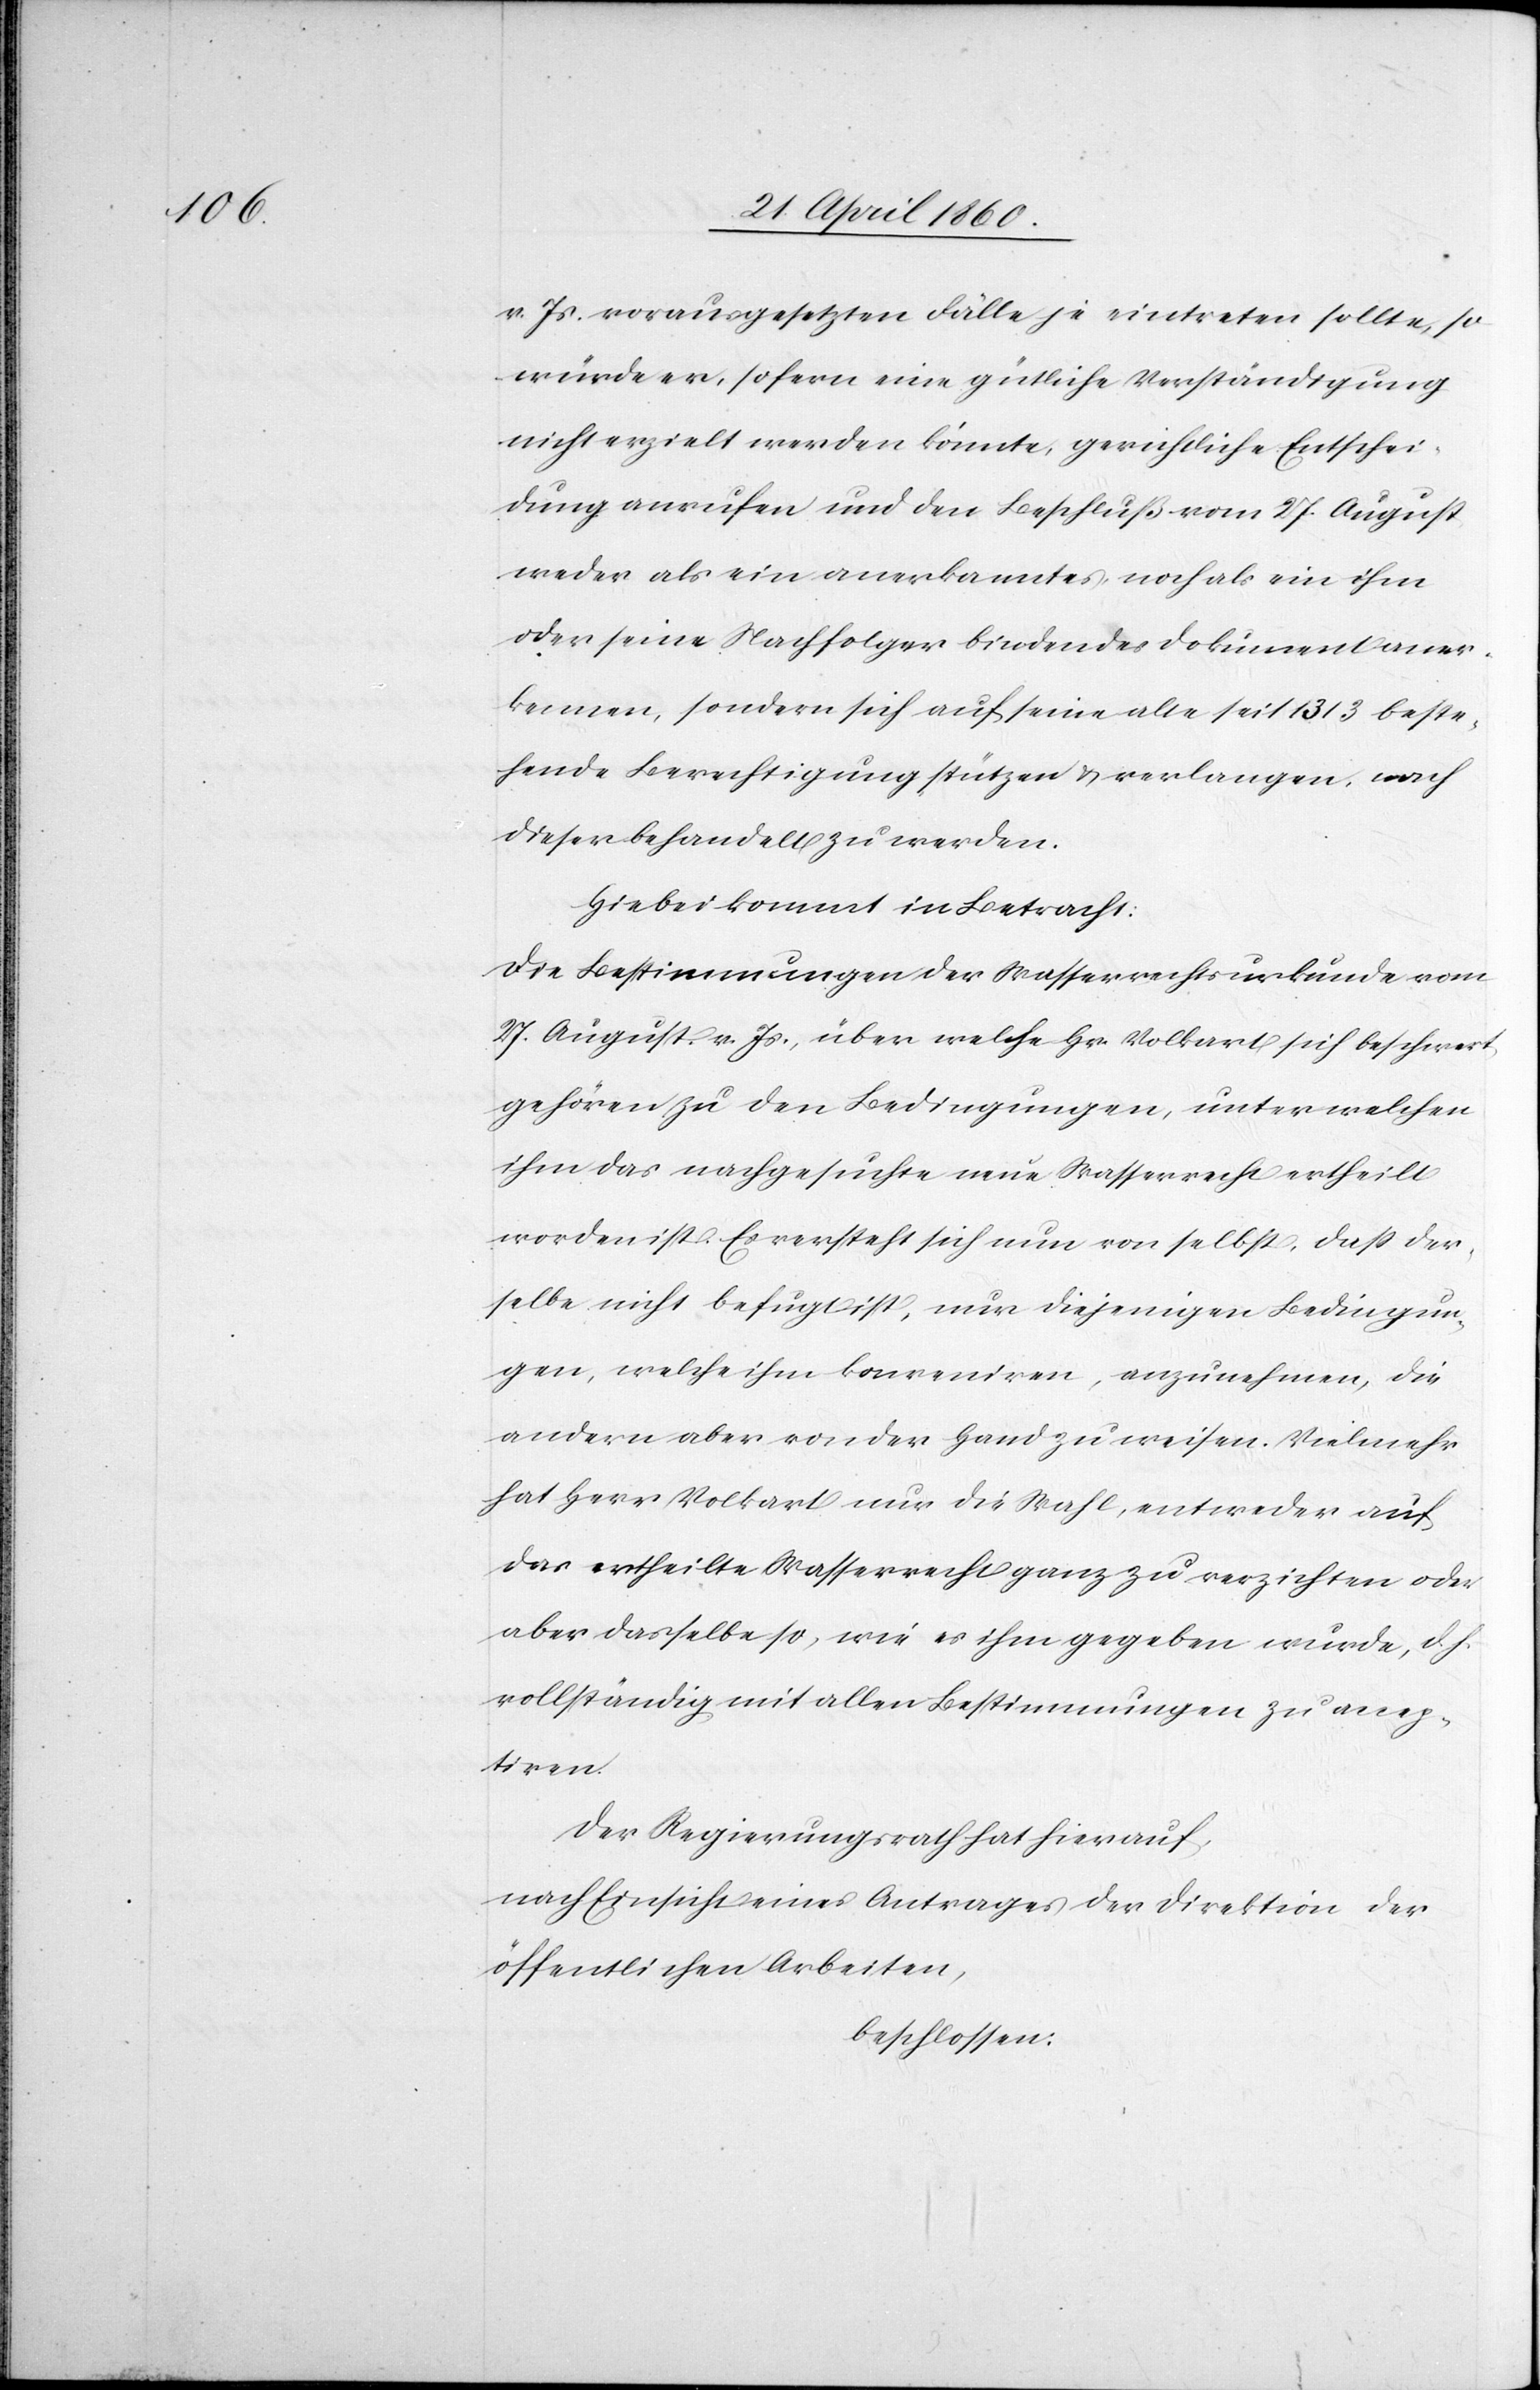
v. Js. vorausgesetzten Fälle je eintreten sollte, so
würde er, sofern eine gütliche Verständigung
nicht erzielt werden könnte, gerichtliche Entschei¬
dung anrufen und den Beschluß vom 27. August
weder als ein anerkanntes noch als ein ihm
oder seine Nachfolger bindendes Dokument aner¬
kennen, sondern sich auf seine alte seit 1313 beste¬
hende Berechtigung stützen u. verlangen, nach
dieser behandelt zu werden.
Hiebei kommt in Betracht:
Die Bestimmungen der Wasserrechtsurkunde vom
27. August v. Js., über welche Hr. Volkart sich beschwert,
gehören zu den Bedingungen, unter welchen
ihm das nachgesuchte neue Wasserrecht ertheilt
worden ist. Es versteht sich nun von selbst, dass der¬
selbe nicht befugt ist, nur diejenigen Bedingun¬
gen, welche ihm konveniren, anzunehmen, die
andern aber von der Hand zu weisen. Vielmehr
hat Herr Volkart nur die Wahl, entweder auf
das ertheilte Wasserrecht ganz zu verzichten oder
aber dasselbe so, wie es ihm gegeben wurde, d. h.
vollständig mit allen Bestimmungen zu accep¬
tiren.
Der Regierungsrath hat hierauf,
nach Einsicht eines Antrages der Direktion der
öffentlichen Arbeiten,
beschlossen: